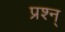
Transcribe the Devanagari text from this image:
प्रश्न्